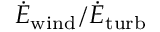
\dot { E } _ { \mathrm { w i n d } } / \dot { E } _ { \mathrm { t u r b } }